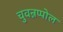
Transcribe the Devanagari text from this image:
चुवन्नप्पोल